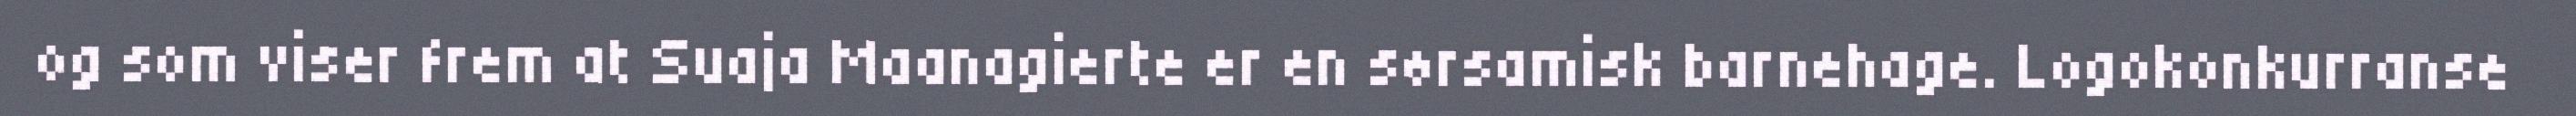
og som viser frem at Suaja Maanagierte er en sørsamisk barnehage. Logokonkurranse